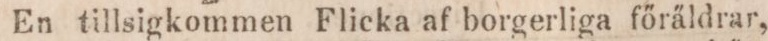
En tillsigkommen Flicka af borgerliga főräldrar,